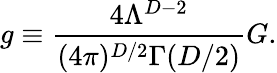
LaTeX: g\equiv\frac{4\Lambda^{D-2}}{(4\pi)^{D/2}\Gamma(D/2)}G.